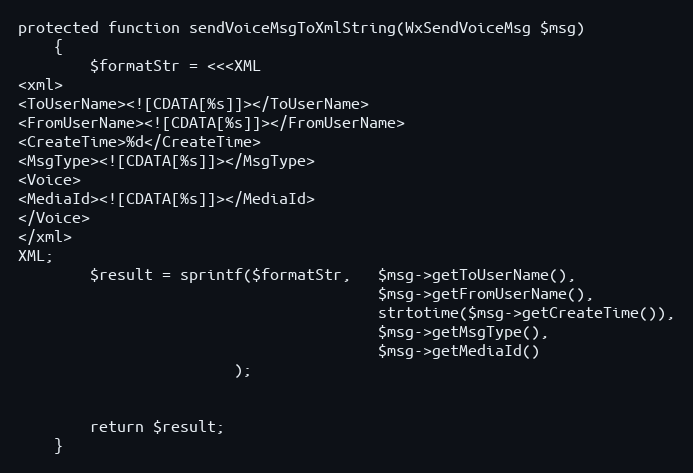
Language: PHP
protected function sendVoiceMsgToXmlString(WxSendVoiceMsg $msg)
    {
        $formatStr = <<<XML
<xml>
<ToUserName><![CDATA[%s]]></ToUserName>
<FromUserName><![CDATA[%s]]></FromUserName>
<CreateTime>%d</CreateTime>
<MsgType><![CDATA[%s]]></MsgType>
<Voice>
<MediaId><![CDATA[%s]]></MediaId>
</Voice>
</xml>
XML;
        $result = sprintf($formatStr,   $msg->getToUserName(),
                                        $msg->getFromUserName(),
                                        strtotime($msg->getCreateTime()),
                                        $msg->getMsgType(),
                                        $msg->getMediaId()
                        );

        return $result;
    }